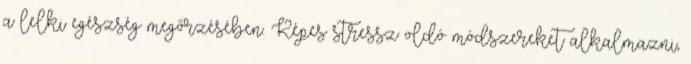
a lelki egészség megőrzésében. Képes stressz oldó módszereket alkalmazni,